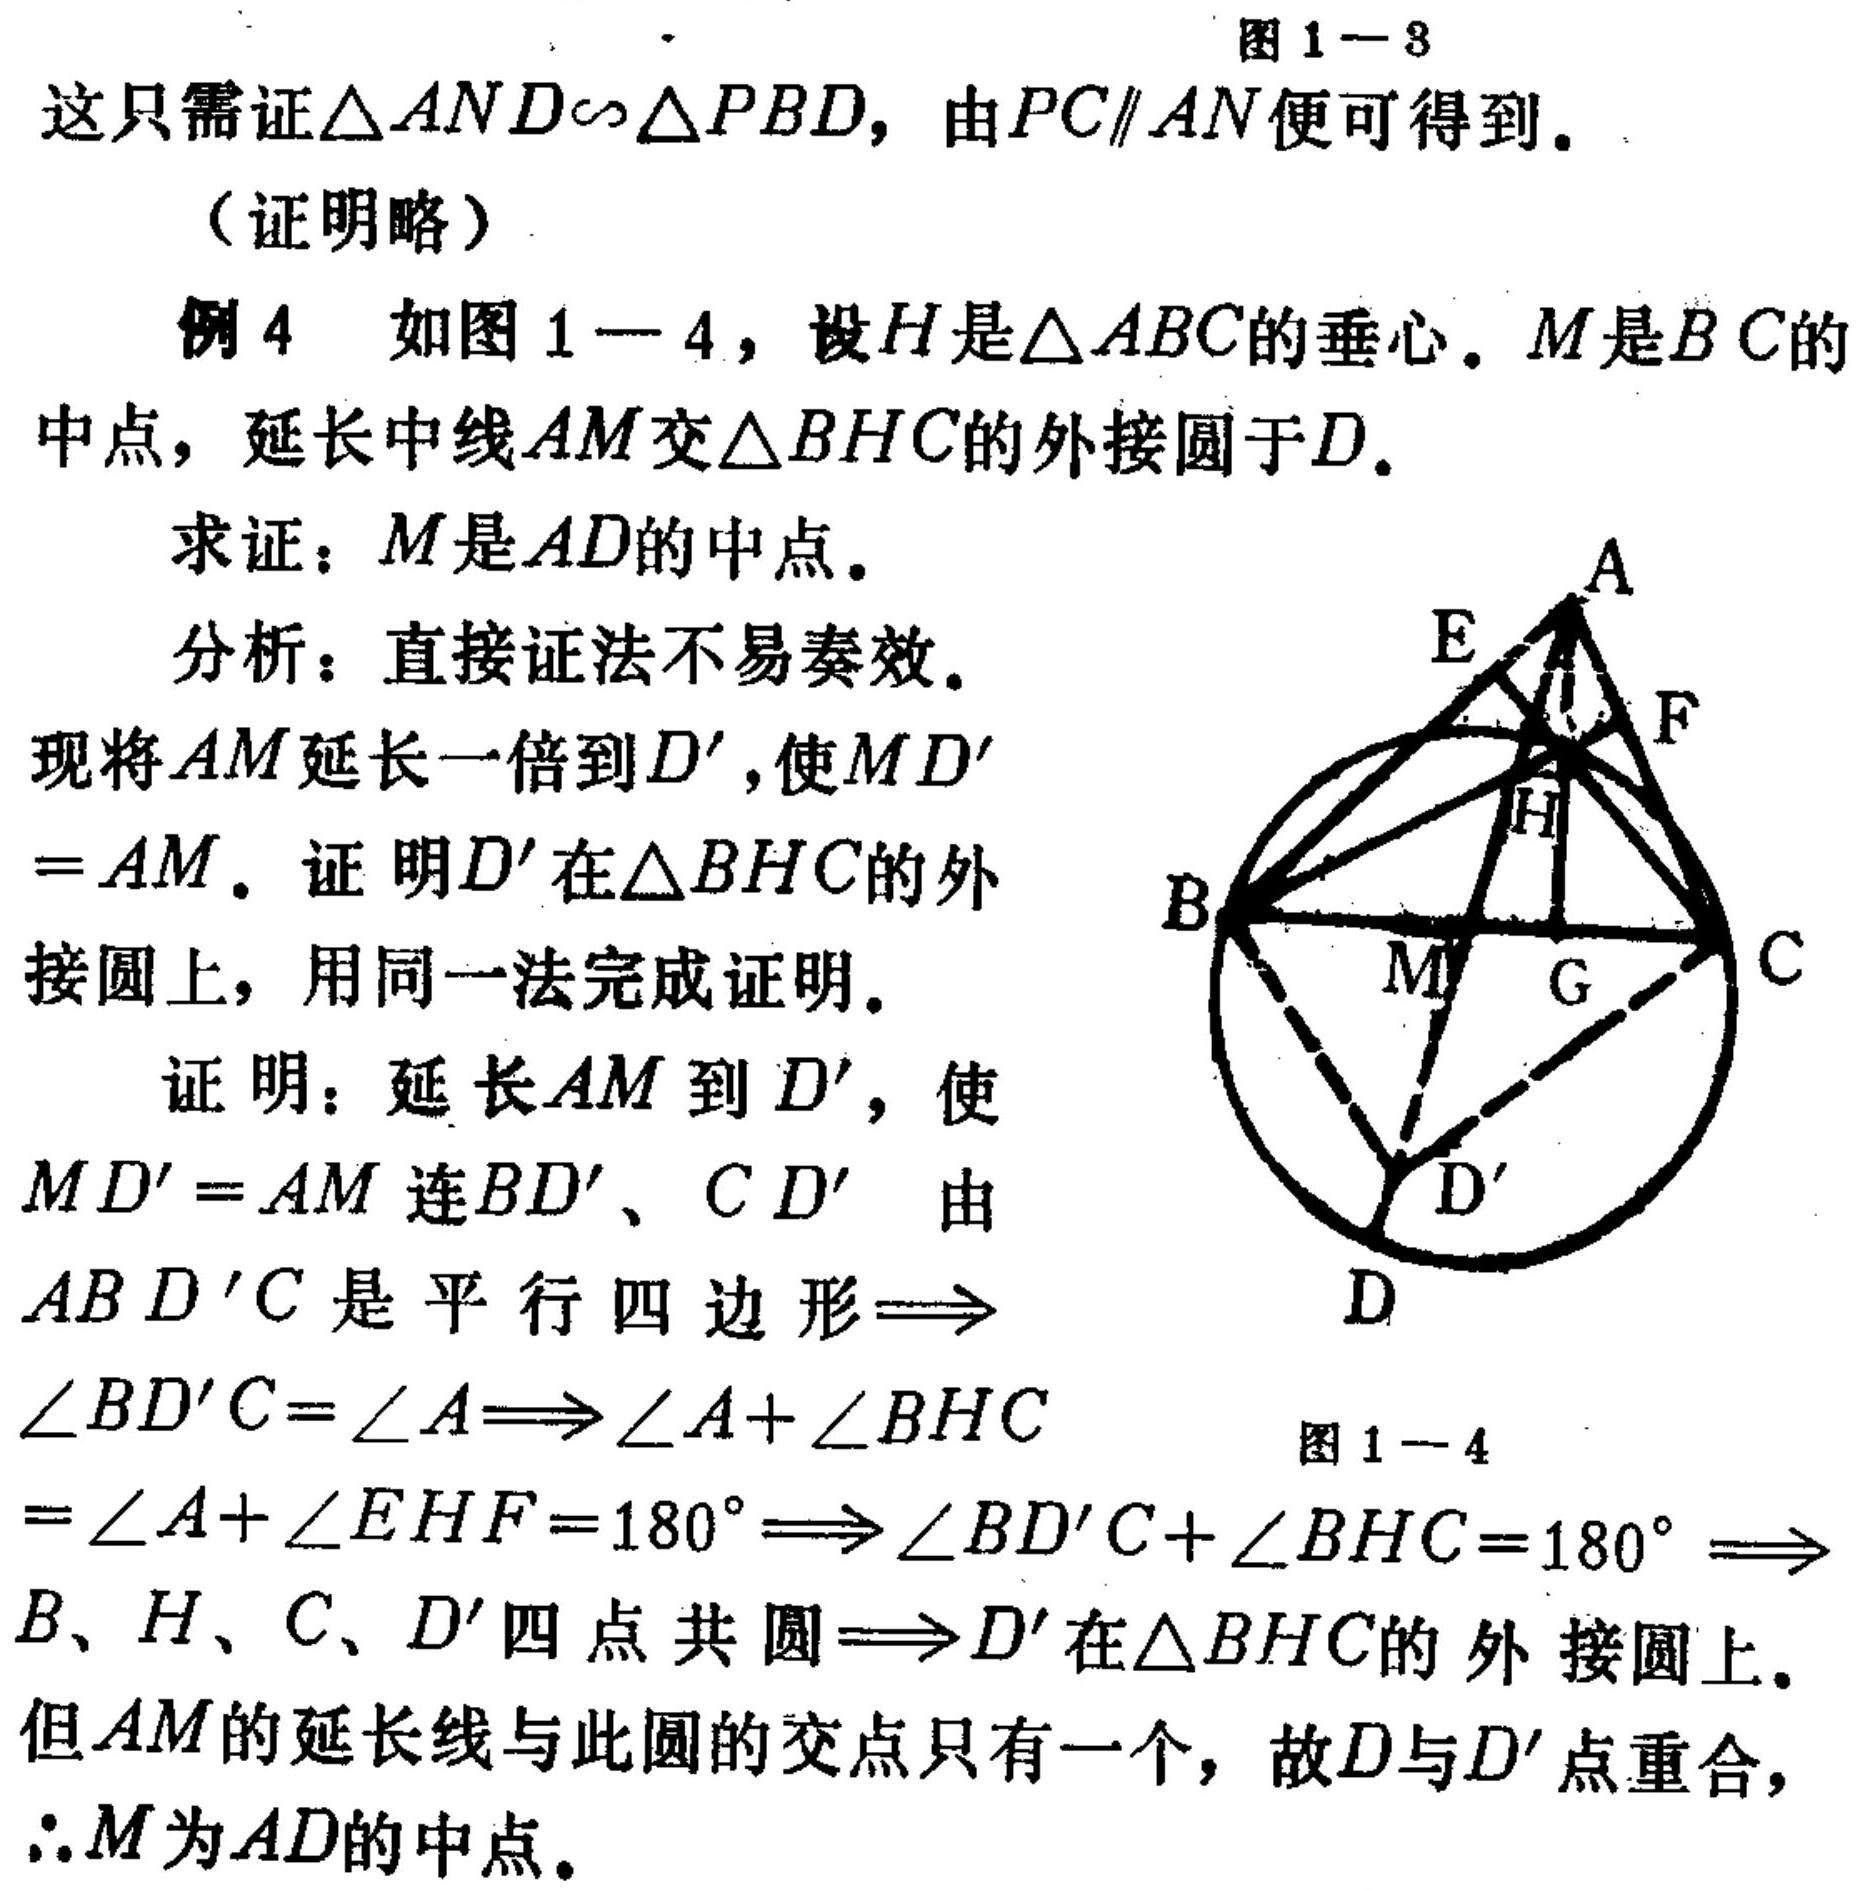
图1 - 3
这只需证\(\triangle AND\sim\triangle PBD\)，由\(PC\parallel AN\)便可得到。
（证明略）
例4 如图1 - 4，设\(H\)是\(\triangle ABC\)的垂心。\(M\)是\(BC\)的中点，延长中线\(AM\)交\(\triangle BHC\)的外接圆于\(D\)。
求证：\(M\)是\(AD\)的中点。
分析：直接证法不易奏效。现将\(AM\)延长一倍到\(D'\)，使\(MD' = AM\)。证明\(D'\)在\(\triangle BHC\)的外接圆上，用同一法完成证明。
证明：延长\(AM\)到\(D'\)，使\(MD' = AM\)连\(BD'\)、\(CD'\) 由\(ABD'C\)是平行四边形\(\Rightarrow\angle BD'C=\angle A\Rightarrow\angle A+\angle BHC=\angle A+\angle EHF = 180^{\circ}\Rightarrow\angle BD'C+\angle BHC = 180^{\circ}\Rightarrow B\)、\(H\)、\(C\)、\(D'\)四点共圆\(\Rightarrow D'\)在\(\triangle BHC\)的外接圆上。但\(AM\)的延长线与此圆的交点只有一个，故\(D\)与\(D'\)点重合，\(\therefore M\)为\(AD\)的中点。
图1 - 4
（此处因无法直接用LaTeX精确还原图形，仅处理文字部分）